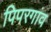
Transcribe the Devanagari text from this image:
पिपरगांव